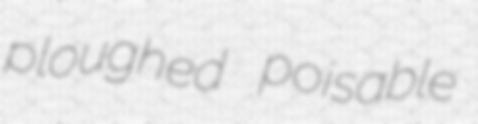
ploughed poisable